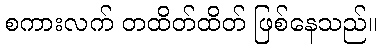
စကားလက် တထိတ်ထိတ် ဖြစ်နေသည်။